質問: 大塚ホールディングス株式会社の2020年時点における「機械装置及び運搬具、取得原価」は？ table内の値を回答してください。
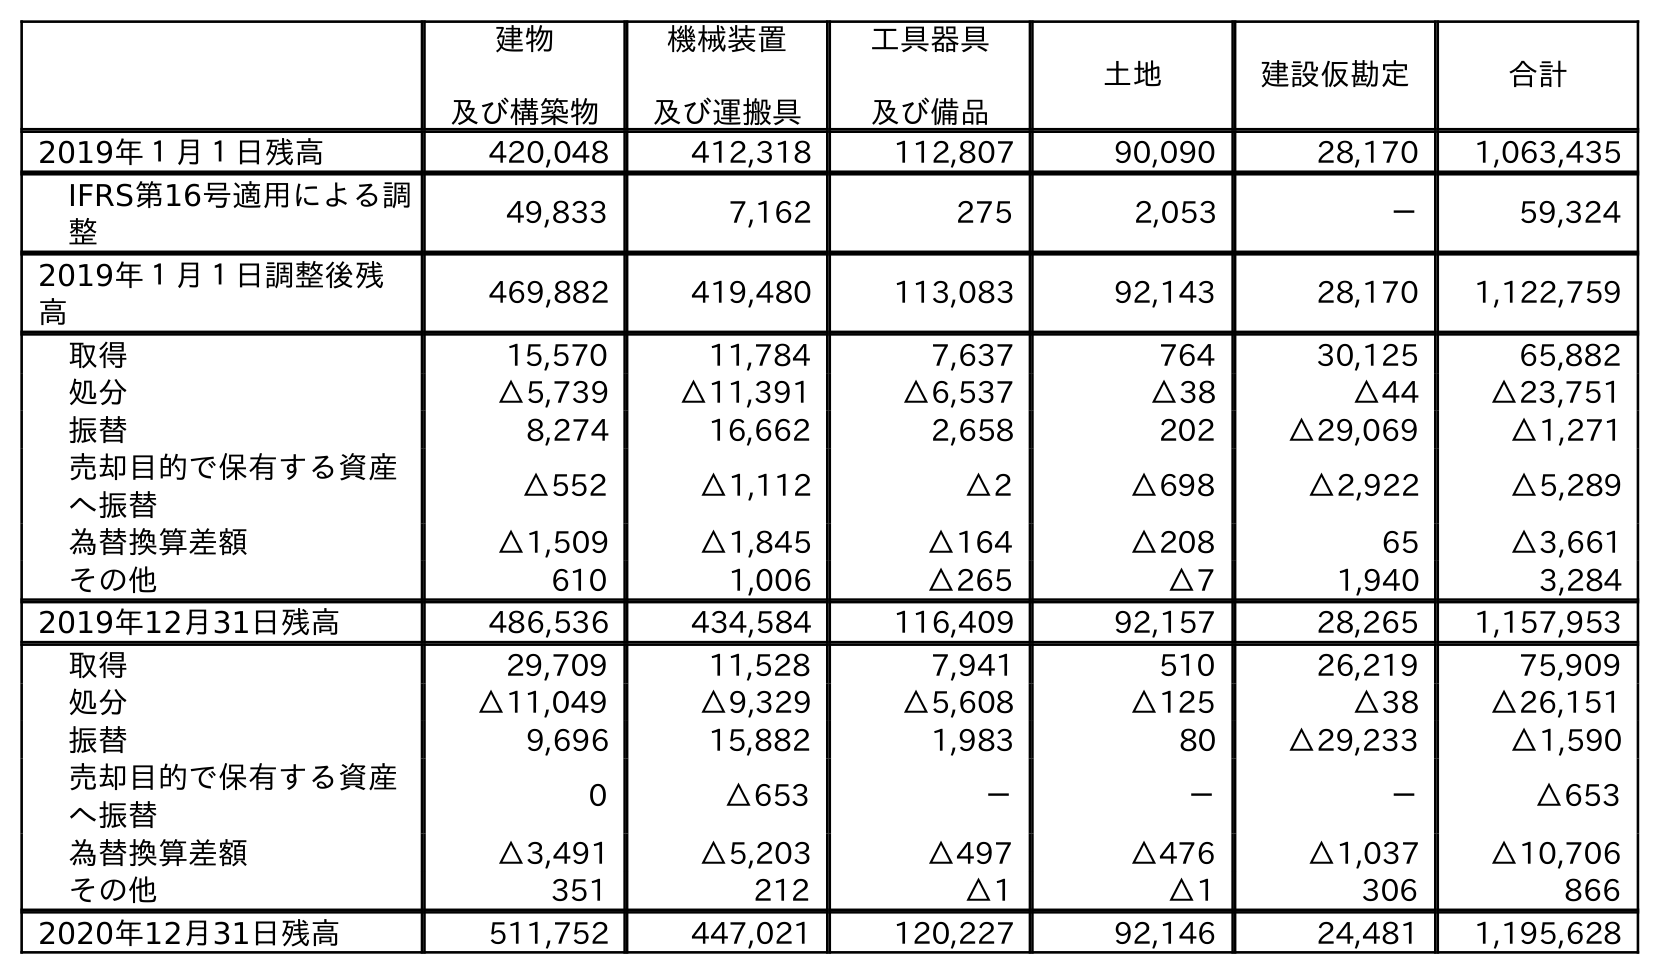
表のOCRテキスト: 建物 及び構築物 機械装置 及び運搬具 工具器具 及び備品 土地 建設仮勘定 合計 2019年１月１日残高 420,048 412,318 112,807 90,090 28,170 1,063,435 IFRS第16号適用による調 整 49,833 7,162 275 2,053 － 59,324 2019年１月１日調整後残 高 469,882 419,480 113,083 92,143 28,170 1,122,759 取得 15,570 11,784 7,637 764 30,125 65,882 処分 △5,739 △11,391 △6,537 △38 △44 △23,751 振替 8,274 16,662 2,658 202 △29,069 △1,271 売却目的で保有する資産 へ振替 △552 △1,112 △2 △698 △2,922 △5,289 為替換算差額 △1,509 △1,845 △164 △208 65 △3,661 その他 610 1,006 △265 △7 1,940 3,284 2019年12月31日残高 486,536 434,584 116,409 92,157 28,265 1,157,953 取得 29,709 11,528 7,941 510 26,219 75,909 処分 △11,049 △9,329 △5,608 △125 △38 △26,151 振替 9,696 15,882 1,983 80 △29,233 △1,590 売却目的で保有する資産 へ振替 0 △653 － － － △653 為替換算差額 △3,491 △5,203 △497 △476 △1,037 △10,706 その他 351 212 △1 △1 306 866 2020年12月31日残高 511,752 447,021 120,227 92,146 24,481 1,195,628
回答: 447,021